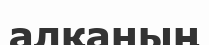
алқаның